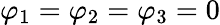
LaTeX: \varphi_{1}=\varphi_{2}=\varphi_{3}=0